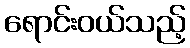
ရောင်းဝယ်သည့်